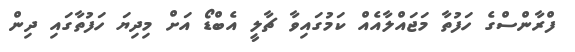
ފްރާންސްގެ ހަފުތާ މަޖައްލާއެއް ކަމުގައިވާ ޗާލީ އެބްޑޯ އަށް މިދިޔަ ހަފުތާގައި ދިން